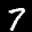
Label: 7